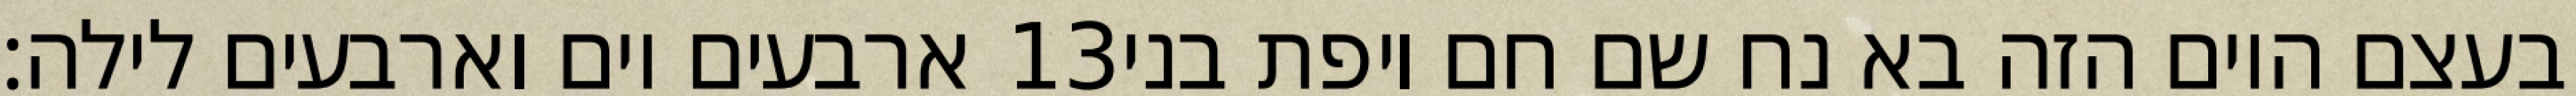
ארבעים יום וארבעים לילה׃ ‎13‏ בעצם היום הזה בא נח שם חם ויפת בני